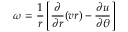
\omega = \frac { 1 } { r } \left[ \frac { \partial } { \partial r } ( v r ) - \frac { \partial u } { \partial \theta } \right]